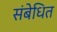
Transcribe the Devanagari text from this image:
संबेधित